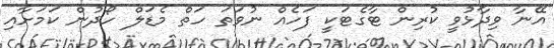
އޭނާ ވިދާޅުވީ ކުރިން ޓާގެޓަކީ ފަހެއް ނުވަތަ ހަތް މެޑަލް ހޯދުން ކަމަށާއި